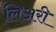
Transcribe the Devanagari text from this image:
लिअरी